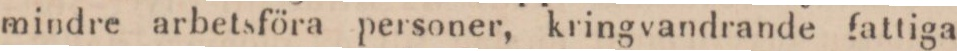
mindre arbetsföra personer, kringvandrande fattiga